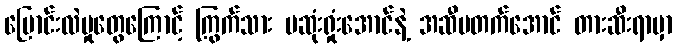
ပြောင်းလဲမှုတွေကြောင့် ကြွက်သား မဆုံးရှုံးအောင်နဲ့ အဆီမတက်အောင် တားဆီးရာမှာ